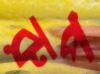
রুপ